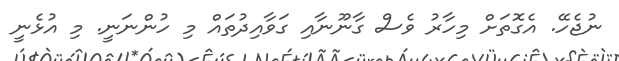
ނުޖެހޭ. އެގޮތަށް މިހާރު ވެސް ގާނޫނާއި ގަވާއިދުތައް މި ހުންނަނީ. މި އުޅެނީ